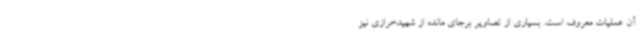
آن عملیات معروف است. بسیاری از تصاویر برجای مانده از شهیدخرازی نیز